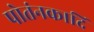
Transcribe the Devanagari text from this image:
पोतंनकादि